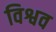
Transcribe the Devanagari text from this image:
विश्वव